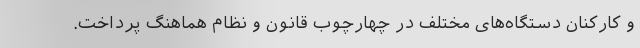
و کارکنان دستگاه‌های مختلف در چهارچوب قانون و نظام هماهنگ پرداخت.